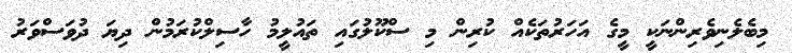
މިބެލެނިވެރިންނަކީ މީގެ އަހަރުތަކެއް ކުރިން މި ސްކޫލުގައި ތައުލީމު ހާސިލްކުރަމުން ދިޔަ ދުވަސްވަރު